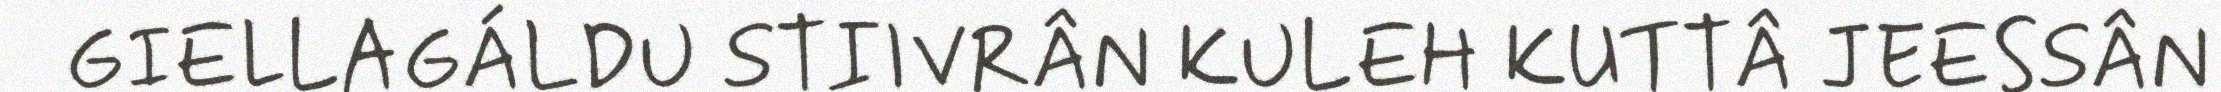
GIELLAGÁLDU STIIVRÂN KULEH KUTTÂ JEESSÂN